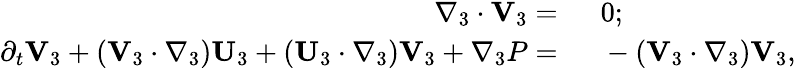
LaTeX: \begin{array}{rl}{\nabla_{3}\cdot\mathbf{V}_{3}=~}&{{}0;}\\ {\partial_{t}\mathbf{V}_{3}+(\mathbf{V}_{3}\cdot\nabla_{3})\mathbf{U}_{3}+(\mathbf{U}_{3}\cdot\nabla_{3})\mathbf{V}_{3}+\nabla_{3}P=~}&{{}-(\mathbf{V}_{3}\cdot\nabla_{3})\mathbf{V}_{3},}\end{array}